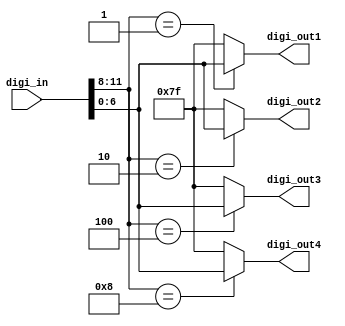
module digitube_scan(digi_in,digi_out1,digi_out2,digi_out3,digi_out4);
input [11:0] digi_in;	//AN3,AN2,AN1,AN0,DP,CG,CF,CE,CD,CC,CB,CA
output [6:0] digi_out1;	//0: CG,CF,CE,CD,CC,CB,CA
output [6:0] digi_out2;	//1: CG,CF,CE,CD,CC,CB,CA
output [6:0] digi_out3;	//2: CG,CF,CE,CD,CC,CB,CA
output [6:0] digi_out4;	//3: CG,CF,CE,CD,CC,CB,CA

assign digi_out1=(digi_in[11:8]==4'b0001)?digi_in[6:0]:7'b1111111;
assign digi_out2=(digi_in[11:8]==4'b0010)?digi_in[6:0]:7'b1111111;
assign digi_out3=(digi_in[11:8]==4'b0100)?digi_in[6:0]:7'b1111111;
assign digi_out4=(digi_in[11:8]==4'b1000)?digi_in[6:0]:7'b1111111;

endmodule